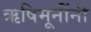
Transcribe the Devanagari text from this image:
ऋषिमूनींनी